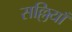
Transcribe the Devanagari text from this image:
सल्लियाँ